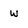
Character: w